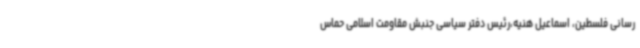
رسانی فلسطین، اسماعیل هنیه،رئیس دفتر سیاسی جنبش مقاومت اسلامی حماس